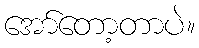
အော်တော့တာပဲ။